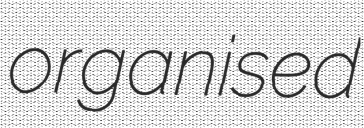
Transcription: organised